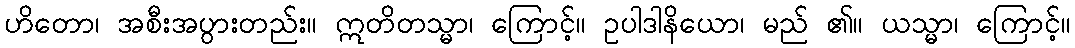
ဟိတော၊ အစီးအပွားတည်း။ ဣတိတသ္မာ၊ ကြောင့်။ ဥပါဒါနိယော၊ မည် ၏။ ယသ္မာ၊ ကြောင့်။